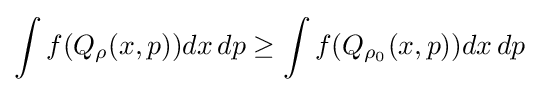
\int f(Q_{\rho }(x,p))dx\,dp\geq \int f(Q_{\rho _{0}}(x,p))dx\,dp